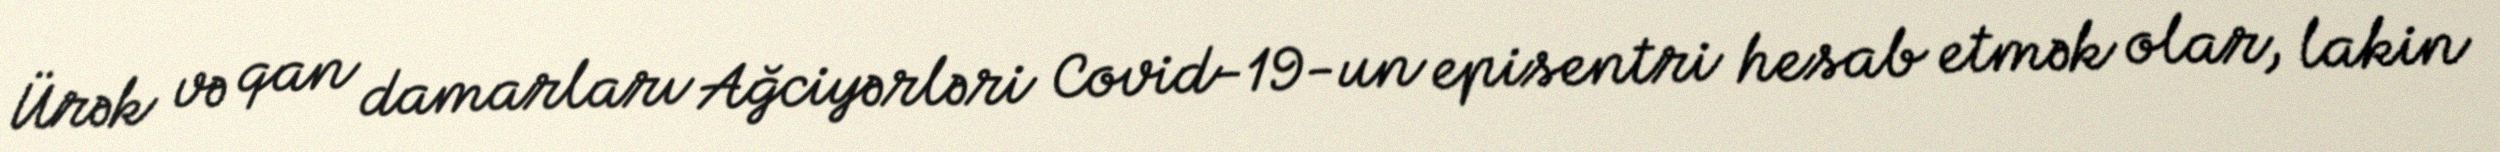
Ürək və qan damarları Ağciyərləri Covid-19-un episentri hesab etmək olar, lakin